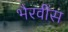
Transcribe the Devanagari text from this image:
भैरवींस